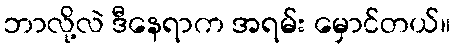
ဘာလို့လဲ ဒီနေရာက အရမ်း မှောင်တယ်။